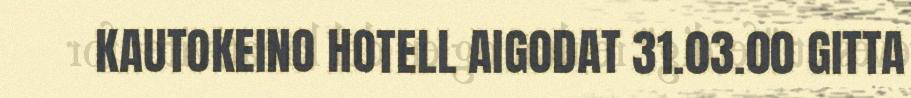
KAUTOKEINO HOTELL AIGODAT 31.03.00 GITTA